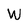
Character: W